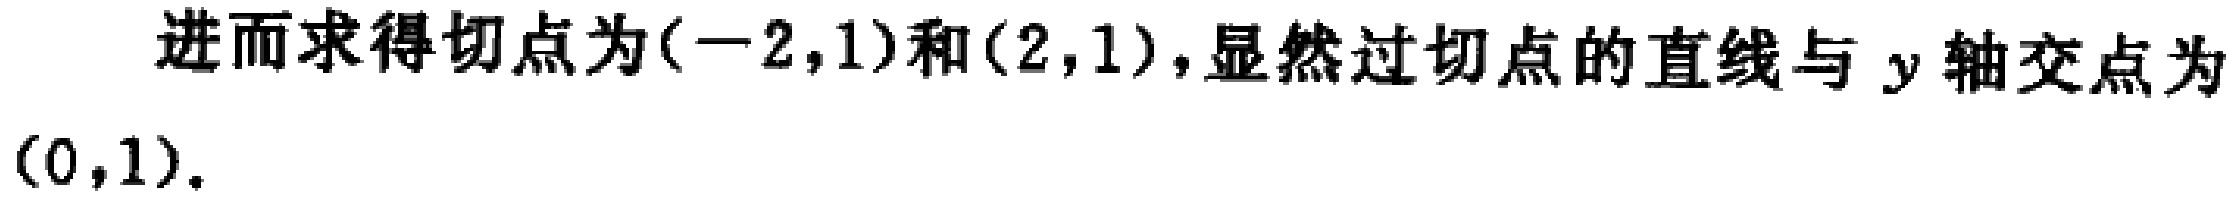
进而求得切点为\((-2,1)\)和\((2,1)\)，显然过切点的直线与 \(y\) 轴交点为\((0,1)\)。